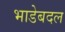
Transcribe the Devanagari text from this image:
भाडेबदल